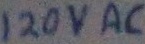
Text: 120VAC